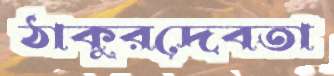
ঠাকুরদেবতা